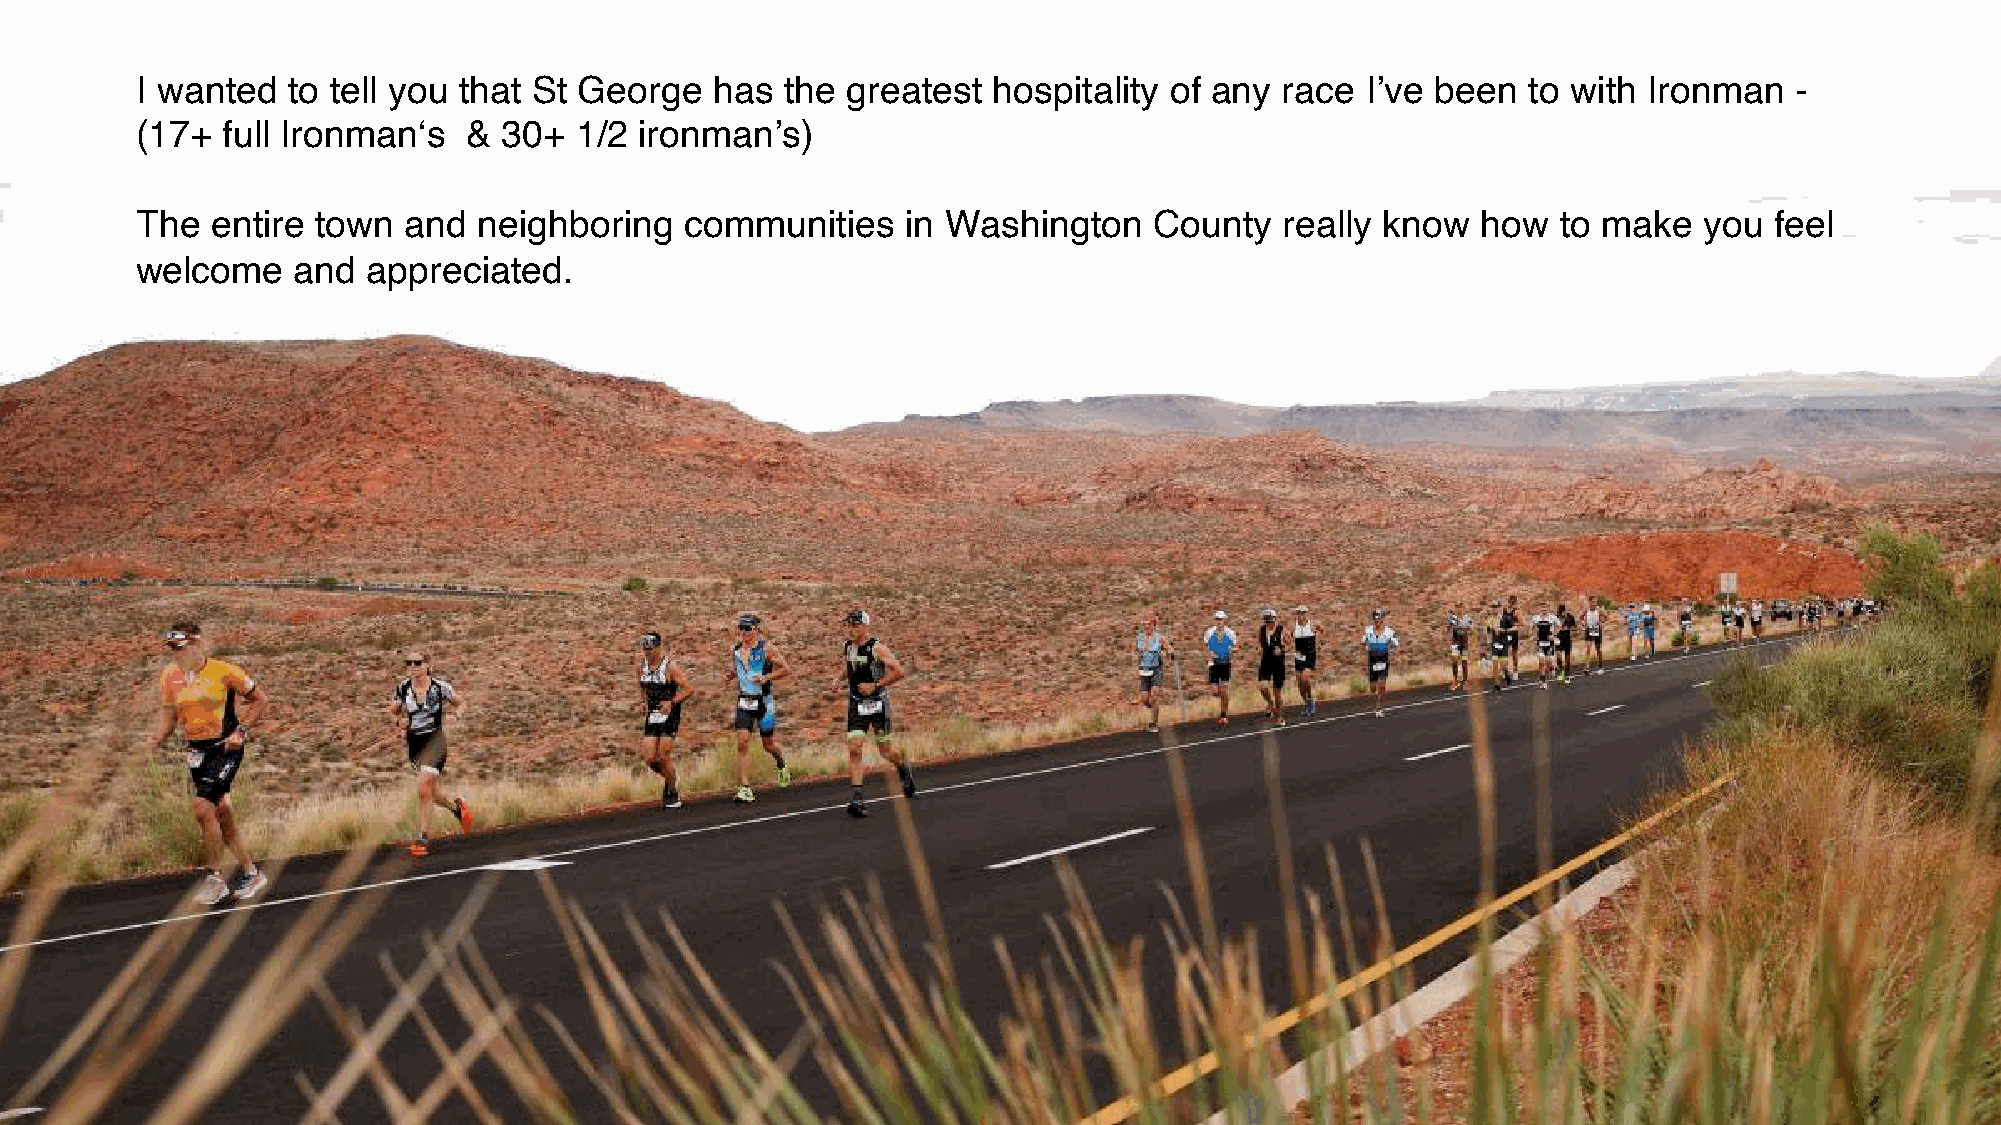
I wanted  to tell you that St George  has  the greatest  hospitality of any race I’ve been  to with Ironman   -
 (17+  full Ironman‘s  & 30+  1/2 ironman’s)
 The  entire town  and  neighboring  communities    in Washington   County   really know  how  to make   you feel
 welcome   and  appreciated.